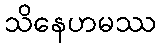
သိနေဟမဿ